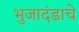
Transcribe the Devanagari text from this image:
भुजादंडाचे